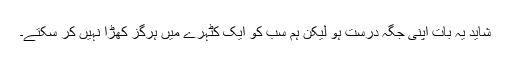
شاید یہ بات اپنی جگہ درست ہو لیکن ہم سب کو ایک کٹہرے میں ہرگز کھڑا نہیں کر سکتے۔